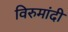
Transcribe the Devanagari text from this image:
विरुमांदी